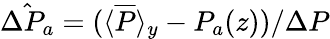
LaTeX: \hat{\Delta P_{a}}=(\langle\overline{{P}}\rangle_{y}-P_{a}(z))/\Delta P